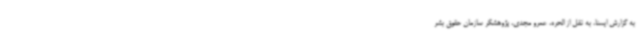
به گزارش ایسنا، به نقل از الحره، عمرو مجدی، پژوهشگر سازمان حقوق بشر